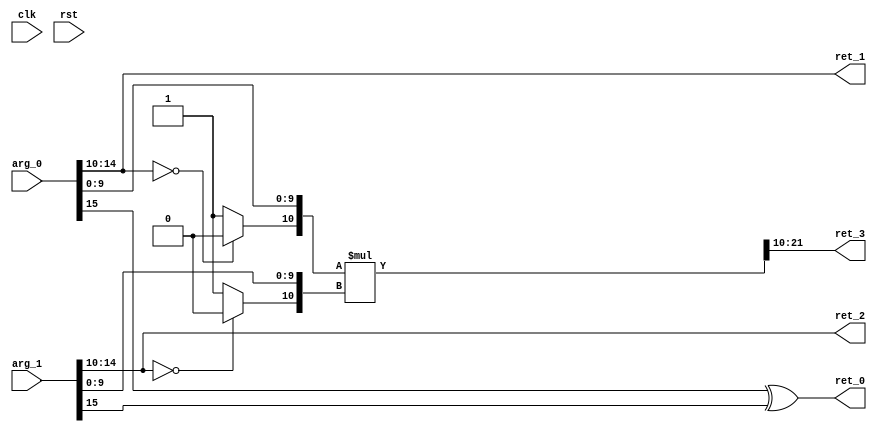
module FP16RMulS0Of2(
 input 	       clk,
 input 	       rst,
 input [15:0]  arg_0,
 input [15:0]  arg_1,
 output        ret_0,
 output [4:0]  ret_1,
 output [4:0]  ret_2,
 output [11:0] ret_3);

   wire        s0;
   wire        s1;
   wire [4:0]  e0;
   wire [4:0]  e1;
   wire [9:0]  f0;
   wire [9:0]  f1;
   wire [10:0] ff0;
   wire [10:0] ff1;
   wire [21:0] z;
   wire [11:0] zz;

   assign s0 = arg_0[15:15];
   assign s1 = arg_1[15:15];
   assign e0 = arg_0[14:10];
   assign e1 = arg_1[14:10];
   assign f0 = arg_0[9:0];
   assign f1 = arg_1[9:0];

   // sign
   assign ret_0 = s0 ^ s1;
   // exponent
   assign ret_1 = e0;
   assign ret_2 = e1;

   assign ff0 = {(e0 == 0 ? 1'b0 : 1'b1), f0};
   assign ff1 = {(e1 == 0 ? 1'b0 : 1'b1), f1};

   assign z = ff0 * ff1;
   assign zz = z[21:10];
   // fraction
   assign ret_3 = zz;

endmodule